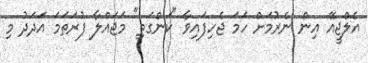
އެލްޖީއޭ އިން ނެރުމަށް ހަމަ ޖެހިފައިވާ "ކަންގަތި" މަޖައްލާ ފުރަތަމަ އަދަދު މި